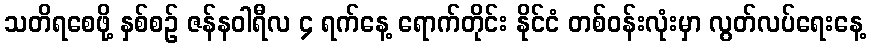
သတိရစေဖို့ နှစ်စဉ် ဇန်နဝါရီလ ၄ ရက်နေ့ ရောက်တိုင်း နိုင်ငံ တစ်ဝန်းလုံးမှာ လွတ်လပ်ရေးနေ့